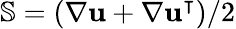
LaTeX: \mathbb{S}=(\nabla\textbf{u}+\nabla\textbf{u}^{\intercal})/2